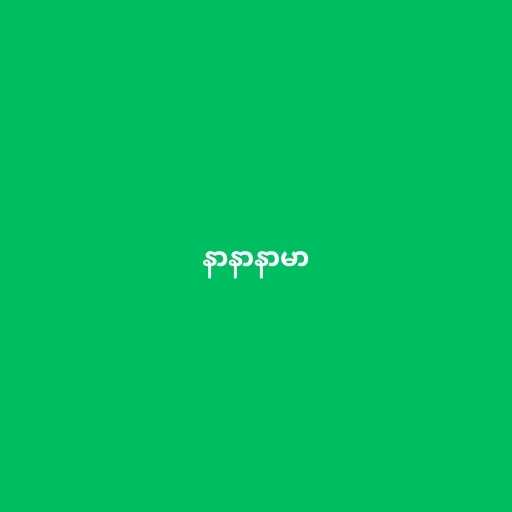
နာနာနာမာ